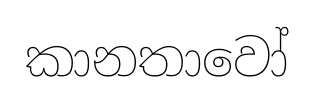
කානතාවෝ